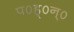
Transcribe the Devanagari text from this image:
प०ह्०न्०